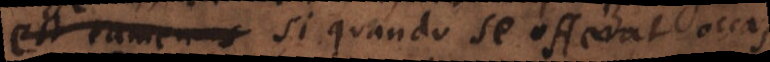
t, si quando se offerat occasio